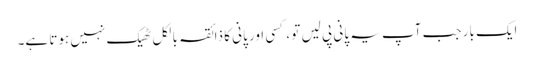
ایک بار جب آپ یہ پانی پی لیں تو ، کسی اور پانی کا ذائقہ بالکل ٹھیک نہیں ہوتا ہے۔